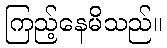
ကြည့်နေမိသည်။